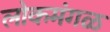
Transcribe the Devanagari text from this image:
लोकमंगळ